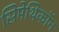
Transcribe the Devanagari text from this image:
सिमेथिकॉन